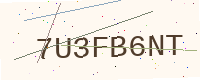
Text: 7U3FB6NT